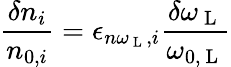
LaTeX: \frac{\delta n_{i}}{n_{0,i}}=\epsilon_{n\omega_{\mathrm{~L~}},i}\frac{\delta\omega_{\mathrm{~L~}}}{\omega_{0,\mathrm{~L~}}}